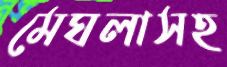
মেঘলাসহ